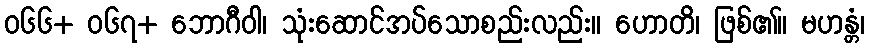
ဝ၆၆+ ဝ၆၇+ ဘောဂီဝါ၊ သုံးဆောင်အပ်သောစည်းလည်း။ ဟောတိ၊ ဖြစ်၏။ မဟန္တံ၊